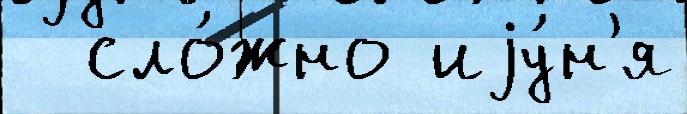
  сло́жно иjу́н'я